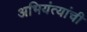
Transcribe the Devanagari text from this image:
अभियंत्यांची